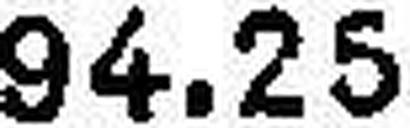
94.25